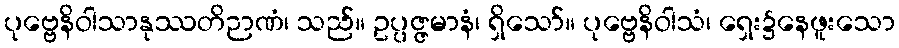
ပုဗ္ဗေနိဝါသာနုဿတိဉာဏံ၊ သည်။ ဥပ္ပဇ္ဇမာနံ၊ ရှိသော်။ ပုဗ္ဗေနိဝါသံ၊ ရှေး၌နေဖူးသော